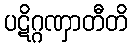
ပဋိဂ္ဂဏှာတီတိ